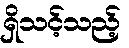
ရှိသင့်သည့်